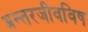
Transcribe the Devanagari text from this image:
अन्तरजीवविष